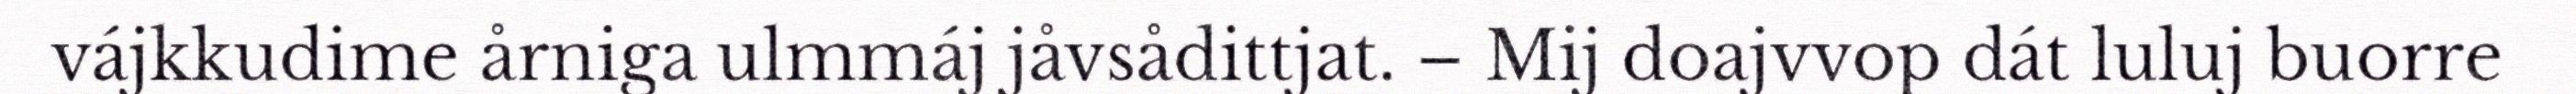
vájkkudime årniga ulmmáj jåvsådittjat. – Mij doajvvop dát luluj buorre